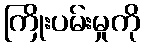
ကြိုးပမ်းမှုကို